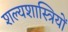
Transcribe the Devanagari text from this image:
शल्यशास्त्रियों